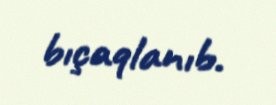
bıçaqlanıb.